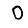
Digit: 0